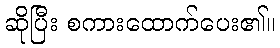
ဆိုပြီး စကားထောက်ပေး၏။